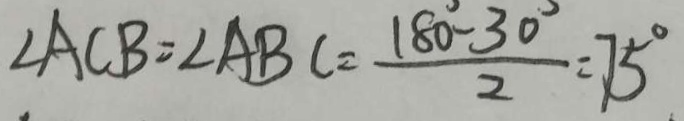
\angle A C B = \angle A B C = \frac { 1 8 0 ^ { \circ } - 3 0 ^ { \circ } } { 2 } = 7 5 ^ { \circ }